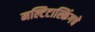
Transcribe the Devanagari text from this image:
मल्टिटास्किंगचे